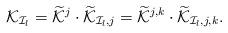
LaTeX: \begin{align*}\mathcal{K}_{\mathcal{I}_l}=\widetilde{\mathcal{K}}^{j}\cdot\widetilde{\mathcal{K}}_{{\mathcal{I}_l},j}=\widetilde{\mathcal{K}}^{j,k}\cdot\widetilde{\mathcal{K}}_{{\mathcal{I}_l},j,k}.\end{align*}